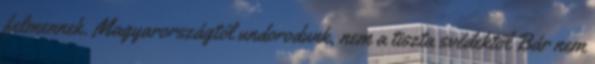
felmennek. Magyarországtól undorodunk, nem a tiszta svédektől Bár nem